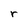
Character: r